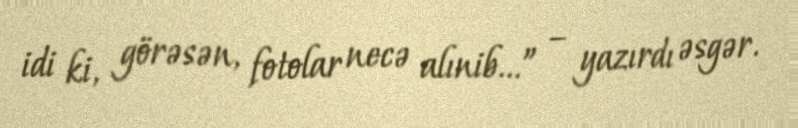
idi ki, görəsən, fotolar necə alınib...” – yazırdı əsgər.